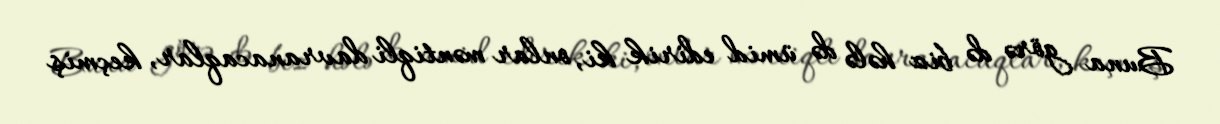
Buna görə də biz hələ də ümid edirik ki, onlar məntiqli davranacaqlar, keçmiş